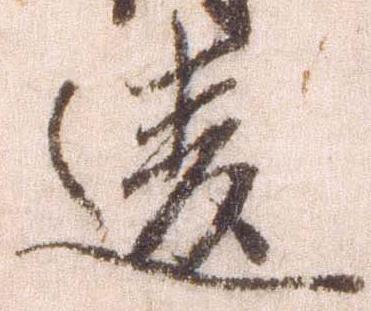
違